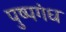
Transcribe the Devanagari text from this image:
पुष्पगंध